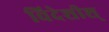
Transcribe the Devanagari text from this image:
विदेशीश्